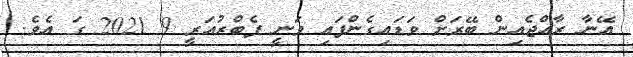
އޭނާ ރާއްޖެއިން ބޭރަށް ވަޑައިގެންފައި ވަނީ ފެބްރުއަރީ 9 2021 ގަ އެވެ.